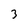
Character: 3